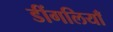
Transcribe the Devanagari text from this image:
डींगलियाँ